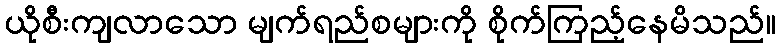
ယိုစီးကျလာသော မျက်ရည်စများကို စိုက်ကြည့်နေမိသည်။